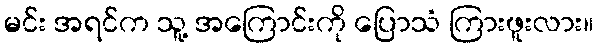
မင်း အရင်က သူ့ အကြောင်းကို ပြောသံ ကြားဖူးလား။